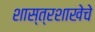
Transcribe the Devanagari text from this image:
शास्त्रशाखेचे